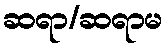
ဆရာ/ဆရာမ